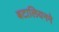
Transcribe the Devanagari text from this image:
बटालियनने